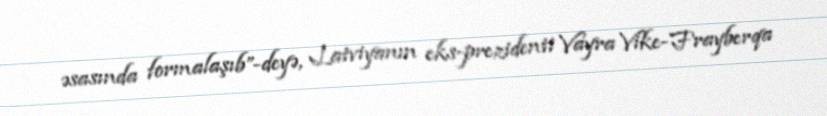
əsasında formalaşıb”-deyə, Latviyanın eks-prezidenti Vayra Vike-Frayberqa